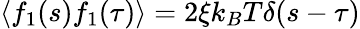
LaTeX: \langle f_{1}(s)f_{1}(\tau)\rangle=2\xi k_{B}T\delta(s-\tau)